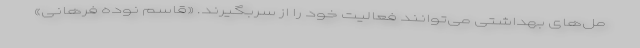
مل‌های بهداشتی می‌توانند فعالیت خود را از سربگیرند. «قاسم نوده فرهانی»